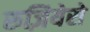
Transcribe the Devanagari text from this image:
रुज़ियेरो